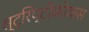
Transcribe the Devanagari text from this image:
स्ट्रिप्टोकोकस